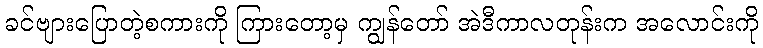
ခင်ဗျားပြောတဲ့စကားကို ကြားတော့မှ ကျွန်တော် အဲဒီကာလတုန်းက အလောင်းကို